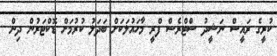
ކުރީގެ ރައީސް ނަޝީދު ސްޓްރެސް ފްރީ މާހައުލަކަށް ބަދަލު ކުރުމަށް ޑޮކްޓަރުން ދިން